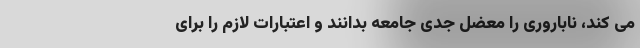
می کند، ناباروری را معضل جدی جامعه بدانند و اعتبارات لازم را برای